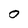
Character: 0